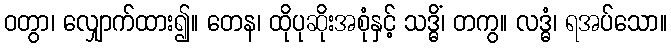
ဝတွာ၊ လျှောက်ထား၍။ တေန၊ ထိုပုဆိုးအစုံနှင့် သဒ္ဓိံ၊ တကွ။ လဒ္ဓံ၊ ရအပ်သော။